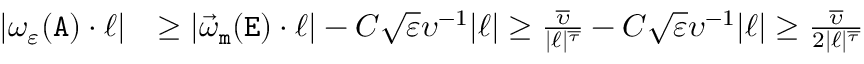
\begin{array} { r l } { | \omega _ { \varepsilon } ( { \mathtt A } ) \cdot \ell | } & { \geq | \vec { \omega } _ { \mathtt m } ( \mathtt E ) \cdot \ell | - C \sqrt { \varepsilon } \upsilon ^ { - 1 } | \ell | \geq \frac { \overline { \upsilon } } { | \ell | ^ { \overline { \tau } } } - C \sqrt { \varepsilon } \upsilon ^ { - 1 } | \ell | \geq \frac { \overline { \upsilon } } { 2 | \ell | ^ { \overline { \tau } } } } \end{array}